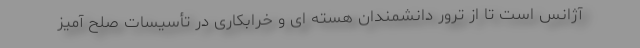
آژانس است تا از ترور دانشمندان هسته ای و خرابکاری در تأسیسات صلح آمیز